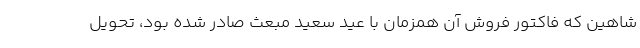
شاهين كه فاکتور فروش آن همزمان با عید سعید مبعث صادر شده بود، تحويل